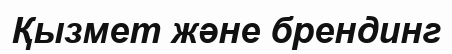
Қызмет және брендинг